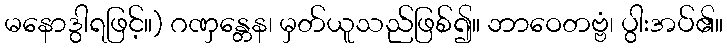
မနောဒွါရဖြင့်။) ဂဏှန္တေန၊ မှတ်ယူသည်ဖြစ်၍။ ဘာဝေတဗ္ဗံ၊ ပွါးအပ်၏။